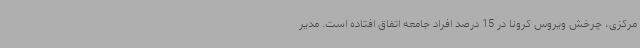
مرکزی، چرخش ویروس کرونا در 15 درصد افراد جامعه اتفاق افتاده است. مدیر